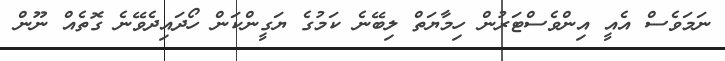
ނަމަވެސް އެއީ އިންވެސްޓަރުން ހިމާޔަތް ލިބޭނެ ކަމުގެ ޔަގީންކަން ހޯދައިދެވޭނެ ގޮތެއް ނޫން